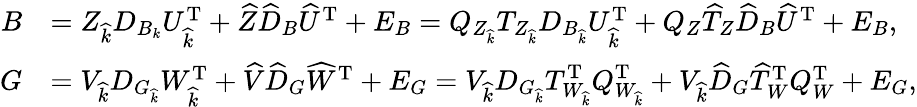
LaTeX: \begin{array}{rl}{B}&{=Z_{\widehat{k}}D_{B_{k}}U_{\widehat{k}}^{\mathrm{T}}+\widehat{Z}\widehat{D}_{B}\widehat{U}^{\mathrm{T}}+E_{B}=Q_{Z_{\widehat{k}}}T_{Z_{\widehat{k}}}D_{B_{\widehat{k}}}U_{\widehat{k}}^{\mathrm{T}}+Q_{Z}\widehat{T}_{Z}\widehat{D}_{B}\widehat{U}^{\mathrm{T}}+E_{B},}\\ {G}&{=V_{\widehat{k}}D_{G_{\widehat{k}}}W_{\widehat{k}}^{\mathrm{T}}+\widehat{V}\widehat{D}_{G}\widehat{W}^{\mathrm{T}}+E_{G}=V_{\widehat{k}}D_{G_{\widehat{k}}}T_{W_{\widehat{k}}}^{\mathrm{T}}Q_{W_{\widehat{k}}}^{\mathrm{T}}+V_{\widehat{k}}\widehat{D}_{G}\widehat{T}_{W}^{\mathrm{T}}Q_{W}^{\mathrm{T}}+E_{G},}\end{array}